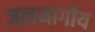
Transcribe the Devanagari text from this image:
जलमार्गीय